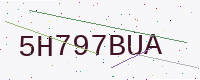
Text: 5H797BUA